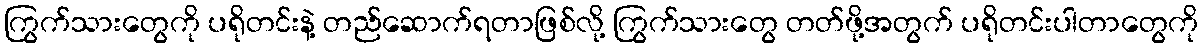
ကြွက်သားတွေကို ပရိုတင်းနဲ့ တည်ဆောက်ရတာဖြစ်လို့ ကြွက်သားတွေ တတ်ဖို့အတွက် ပရိုတင်းပါတာတွေကို